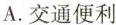
A.交通便利